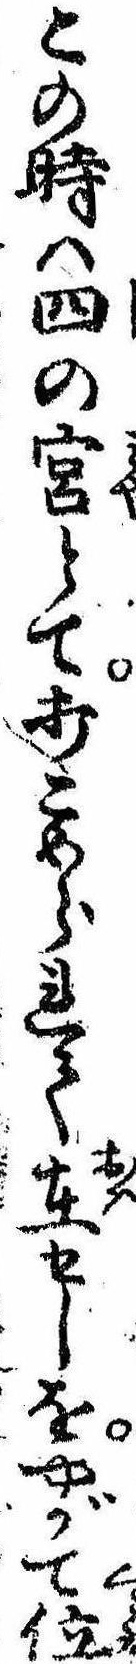
この時は四の宮とて打こめられて在せしをやがて位